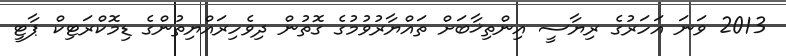
2013 ވަނަ އަހަރުގެ ރިޔާސީ އިންތިޚާބަށް ތައްޔާރުވުމުގެ ގޮތުން ދިވެހިރައްޔިތުންގެ ޑިމޮކްރަޓިކް ޕާޓީ